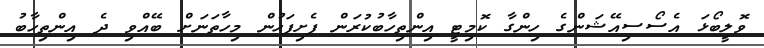
ވޮލީބޯޅަ އެސޯސިއޭޝަންގެ ހިންގާ ކޮމިޓީ އިންތިހާބުކުރަން ފެށިފަހުން މިހާތަނަށް ބޭއްވި ދެ އިންތިހާބު